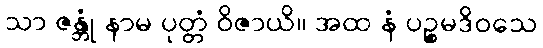
သာ ဇန္တုံ နာမ ပုတ္တံ ဝိဇာယိ။ အထ နံ ပဉ္စမဒိဝသေ